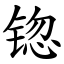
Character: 锪